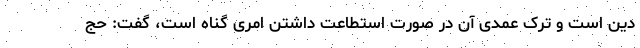
دین است و ترک عمدی آن در صورت استطاعت داشتن امری گناه است، گفت: حج